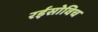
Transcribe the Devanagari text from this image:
रईसोविच